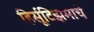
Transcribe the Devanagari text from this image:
हिर्सूटिझमाचे